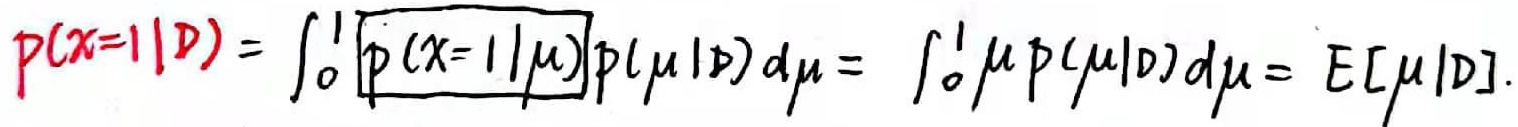
\[P(x = 1|D)=\int_{0}^{1}p(x = 1|\mu)p(\mu|D)d\mu=\int_{0}^{1}\mu p(\mu|D)d\mu=E[\mu|D].\]